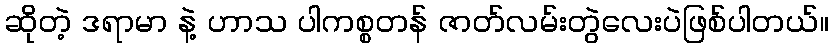
ဆိုတဲ့ ဒရာမာ နဲ့ ဟာသ ပါကစ္စတန် ဇာတ်လမ်းတွဲလေးပဲဖြစ်ပါတယ်။